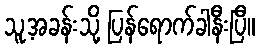
သူ့အခန်းသို့ ပြန်ရောက်ခါနီးပြီ။